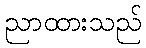
ညာထားသည်